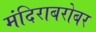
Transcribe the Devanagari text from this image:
मंदिराबरोबर